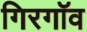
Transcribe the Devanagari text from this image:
गिरगॉव